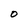
Character: O